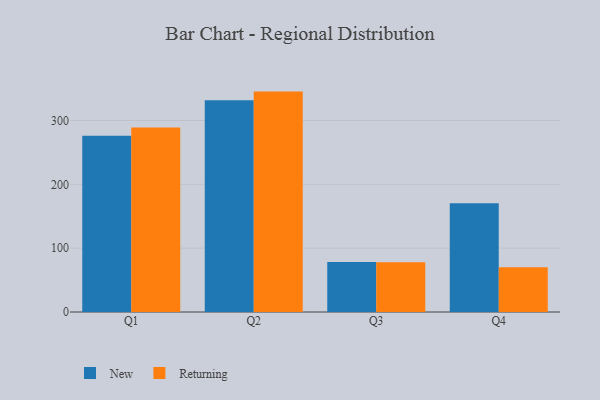
{"axis": {"x": "Quarter", "y": "Shipments"}, "legend": ["New", "Returning"], "data": [{"x": "Q1", "y": 276.0, "type": "New"}, {"x": "Q1", "y": 289.0, "type": "Returning"}, {"x": "Q2", "y": 331.8, "type": "New"}, {"x": "Q2", "y": 345.3, "type": "Returning"}, {"x": "Q3", "y": 78.4, "type": "New"}, {"x": "Q3", "y": 77.9, "type": "Returning"}, {"x": "Q4", "y": 170.5, "type": "New"}, {"x": "Q4", "y": 70.3, "type": "Returning"}]}